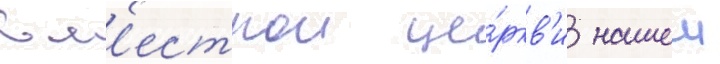
в м'естнои це́ркв'и нашеи